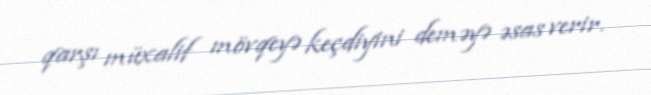
qarşı müxalif mövqeyə keçdiyini deməyə əsas verir.